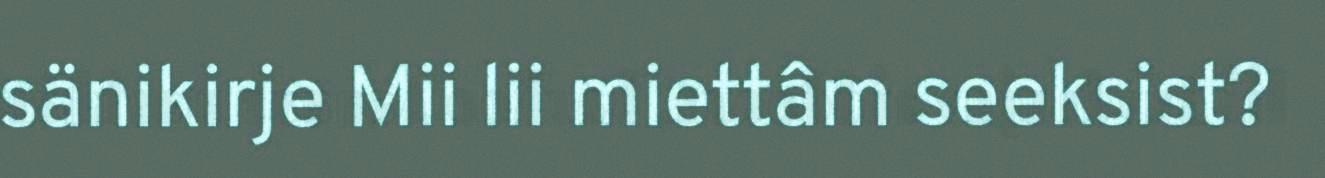
sänikirje Mii lii miettâm seeksist?